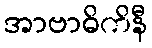
အာဗာဓိကိနီ